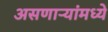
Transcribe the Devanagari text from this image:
असणाऱ्यांमध्ये